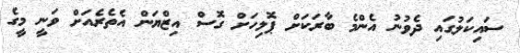
ސައިކަލުގައި ދެވުނު އެންމެ ބާރަކަށް ޕޮލިހަށް ގޮސް އިޒްޔަން އެތެރެއަށް ވަނީ މީގެ